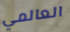
العالمي